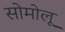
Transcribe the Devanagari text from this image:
सोमोलू